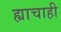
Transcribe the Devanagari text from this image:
ह्याचाही